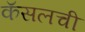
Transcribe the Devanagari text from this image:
कॅसलची